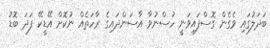
ބަދަލުގައި ވެގެން ގޮސްފައިވަނީ ހުސްނުވާ އާސަންދައިގެ ރާހަތެއް ނުކޮށް އޭޑީކޭ ފަދަ ބޮޑު